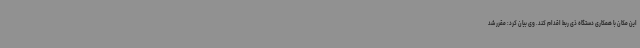
این مکان با همکاری دستگاه ذی ربط اقدام کند. وی بیان کرد: مقرر شد